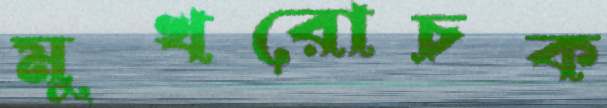
মুখরোচক